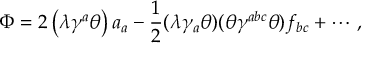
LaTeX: \Phi = 2 \left( \lambda \gamma ^ { a } \theta \right) a _ { a } - \frac { 1 } { 2 } ( \lambda \gamma _ { a } \theta ) ( \theta \gamma ^ { a b c } \theta ) f _ { b c } + \cdots \, ,